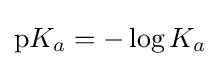
\mathrm {p} K_{a}=-\log K_{a}